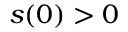
s ( 0 ) > 0